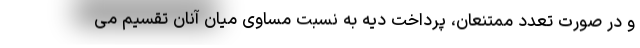
و در صورت تعدد ممتنعان، پرداخت دیه به نسبت مساوی میان آنان تقسیم می